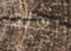
تعلم